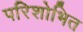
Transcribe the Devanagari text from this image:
परिशोभित